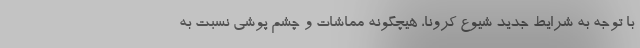
با توجه به شرایط جدید شیوع کرونا، هیچگونه مماشات و چشم پوشی نسبت به